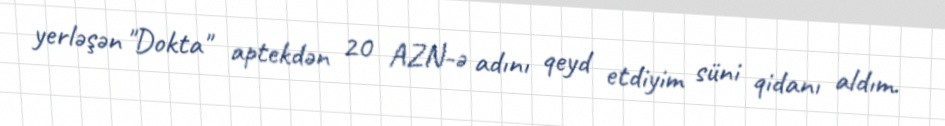
yerləşən "Dokta" aptekdən 20 AZN-ə adını qeyd etdiyim süni qidanı aldım.